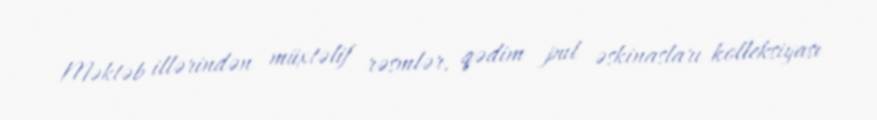
Məktəb illərindən müxtəlif rəsmlər, qədim pul əskinasları kolleksiyası